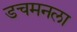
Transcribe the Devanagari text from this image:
डचमनला